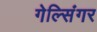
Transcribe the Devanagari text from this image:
गेल्सिंगर